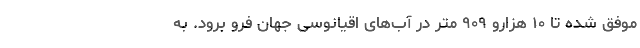
موفق شده تا ۱۰ هزارو ۹۰۹ متر در آب‌های اقیانوسی جهان فرو برود. به